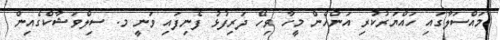
މައްސަލާގައި ހައްޔަރުކުރި އަންހެން މީހާ ވިހޭ ދަރިފުޅު ފެނިފައި ވަނީ މ. ސިލްވަޝާކްގެއިން